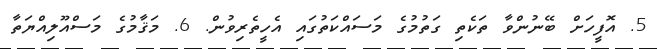
5. އޮފީހަށް ބޭނުންވާ ތަކެތި ގަތުމުގެ މަސައްކަތުގައި އެހީތެރިވުން. 6. މަޤާމުގެ މަސްއޫލިއްޔަތާ